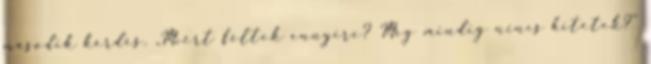
második kérdés. „Miért féltek ennyire? Még mindig nincs hitetek?”